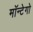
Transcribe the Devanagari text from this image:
मॉन्टेगो